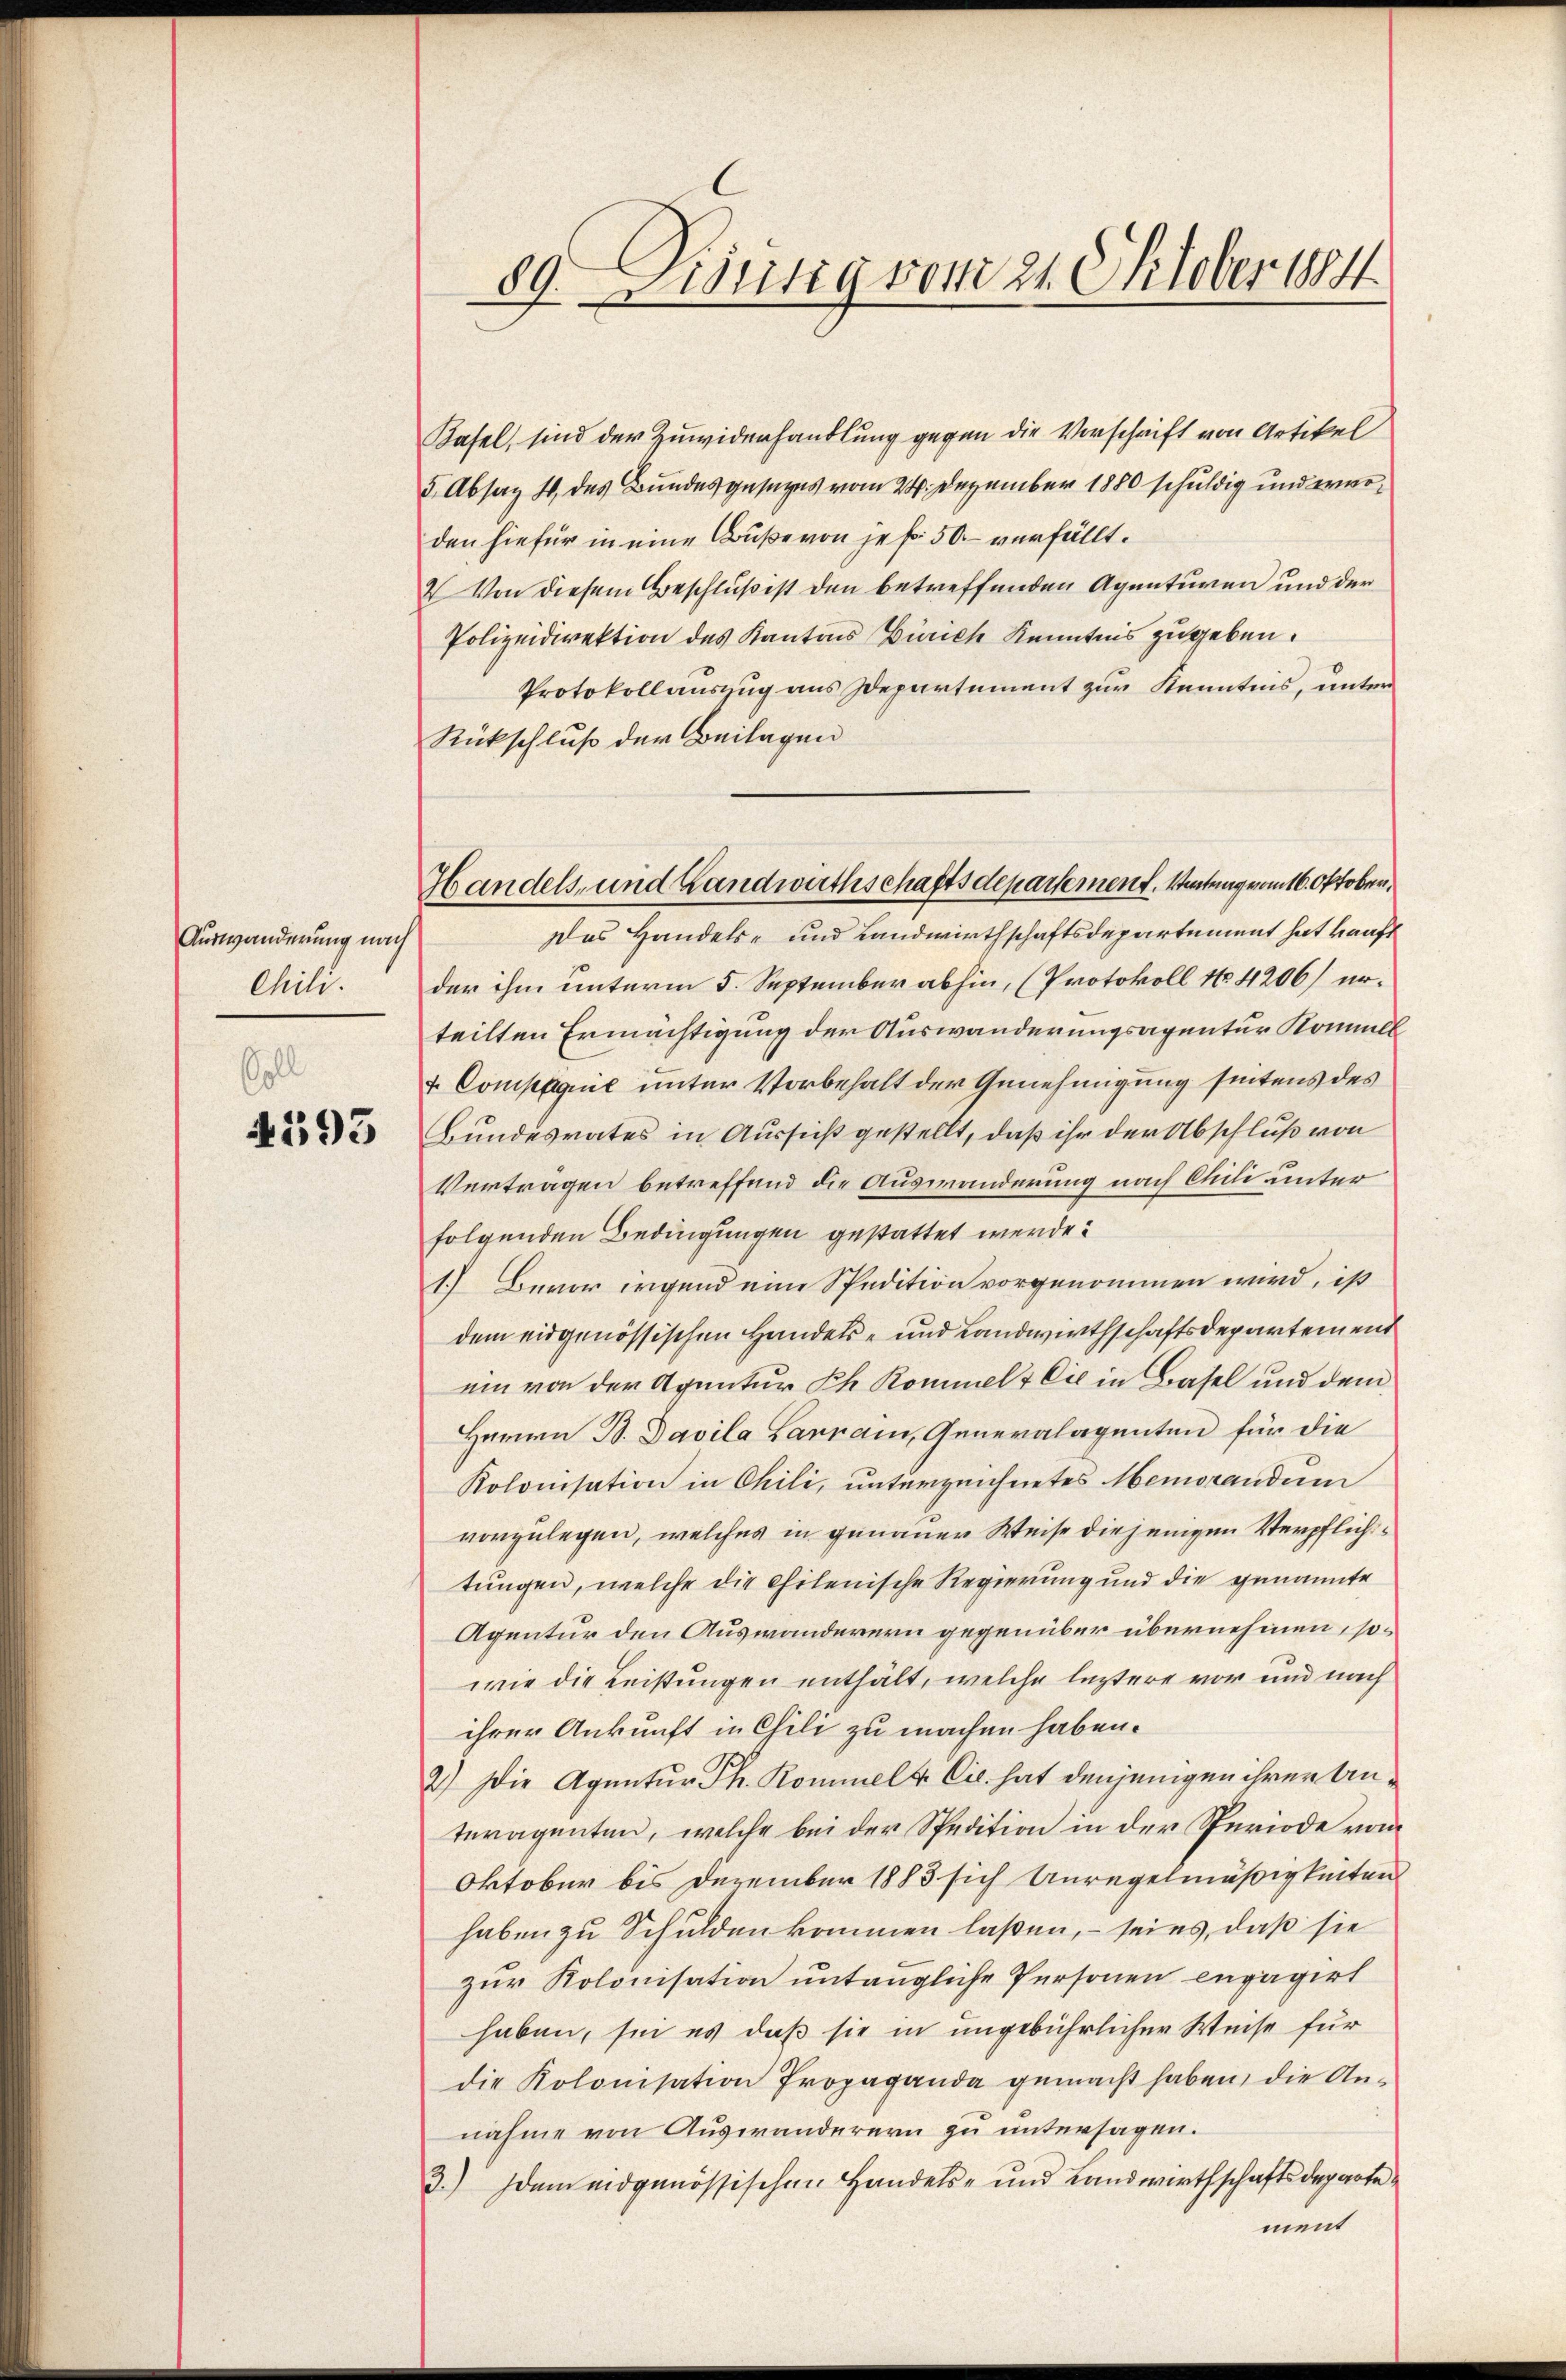
Auswanderung nach
Chili.
Coll

4593

89. Lisung vom 21. Oktober 1884

Handels- und Landwirthschaftsdepartement, Vertrag vom 16. Oktober,

Kasel, sind der Zuwiderhandlung gegen die Vorschrift von Artikel
5 Absag 4. des Bundesgesezes vom 24. Dezember 1880 schuldig und erwoden hiefür in eine Buße von je 50 verfällt.
V Von diesem Beschluß ist den betreffenden Agenturen und der
Polizeidirektion des Kantons Zürich Kenntnis zugeben.
Protokollauszug aus Departement zur Kenntnis, unter
Rückschluß der Beilagen
Das Handels- und Landwirthschaftsdepartement hat künft
der ihm unterm 5. September abhin, (Protokoll No 4206) erteilten Ermächtigung der Auswanderungsagentur Konell
t. Compagnie unter Vorbehalt der Genehmigung seitens des
Bundesrates in Aussicht gestellt, daß ihr der Abschluß von
Vertragen betreffend die Auswanderung nach Chili unter
folgenden Bedingungen gestattet werde.
1.) Bevor irgend eine Spedition vorgenommen wird, ist
dem eidgenössischen Handels- und Landwirthschaftsdepartement
ein von der Aquatur Ph. Kommel & Cie in Basel und dem
Herrn B. Davila Larrain, Generalagenten für die
Kolonisation in Chili, unterzeichnetes Memorandum
vorzulegen, welches in genauer Weise diejenigen Verpflichtungen, welche die Chilenische Regierung und die genannte
Agentur den Auswanderern gegenüber übernehmen, sowie die Leistungen enthält, welche leztere vor und nach
ihrer Ankunft in Chili zu machen haben.
2) Die Agentur Th. Rommel & Cie. hat denjenigen ihrer Anteragenten, welche bei der Spedition in der Speriode vom
Oktober bis Dezember 1883 sich Unregelmäßigkeiten
haben zu Schulden kommen laßen, – seies, daß sie
zur Kolonisation untaugliche Personen engagirt
haben, sei es daß sie in ungebührlicher Weise für
die Kolonisation Propaganda gemacht haben, die Annahme von Auswanderern zu untersagen.
3.) Dem eidgenössischen Handels- und Landwirthschaftsdeparte
ment